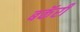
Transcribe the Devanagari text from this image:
बकॅरी